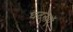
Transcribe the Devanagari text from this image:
घटनाएॅ